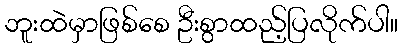
ဘူးထဲမှာဖြစ်စေ ဦးစွာထည့်ပြလိုက်ပါ။